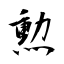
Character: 勲